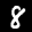
Label: 8